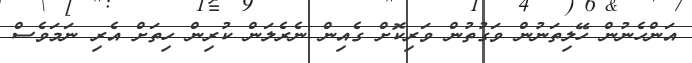
އަންހެނުން ހޭލިތަނުން ވަގުތުން ވަރިކޮށް ގެއިން ނެރެލަން ކުރިން ހިތަށް އެރި ނަމަވެސް